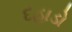
દહાડો